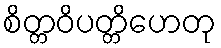
စိတ္တဝိပတ္တိဟေတု